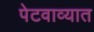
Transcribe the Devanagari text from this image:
पेटवाव्यात